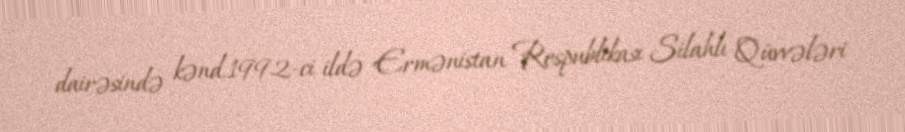
dairəsində kənd.1992-ci ildə Ermənistan Respublikası Silahlı Qüvvələri